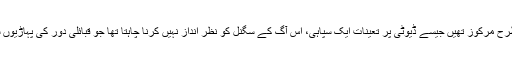
اس کی نظریں سامنے اس طرح مرکوز تھیں جیسے ڈیوٹی پر تعینات ایک سپاہی، اس آگ کے سگنل کو نظر انداز نہیں کرنا چاہتا تھا جو قبائلی دور کی پہاڑیوں سے دیے جانے والے تھے ۔